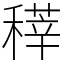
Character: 䅸